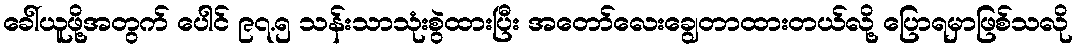
ခေါ်ယူဖို့အတွက် ပေါင် ၉၇.၅ သန်းသာသုံးစွဲထားပြီး အတော်လေးချွေတာထားတယ်လို့ ပြောရမှာဖြစ်သလို